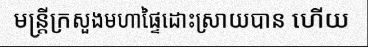
មន្ត្រីក្រសួងមហាផ្ទៃដោះស្រាយបាន ហើយ